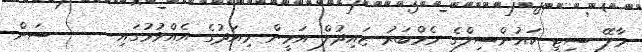
މާލޭ ސިޓީ ކައުންސިލްގެ މެމްބަރު ޒައިދުލް އަމީން މިއަދުގެ އެއްވުމުގައި ---- ސަން